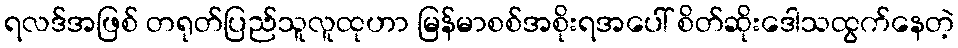
ရလဒ်အဖြစ် တရုတ်ပြည်သူလူထုဟာ မြန်မာစစ်အစိုးရအပေါ် စိတ်ဆိုးဒေါသထွက်နေတဲ့